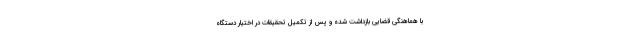
با هماهنگی قضایی بازداشت شده و پس از تکمیل تحقیقات در اختیار دستگاه